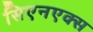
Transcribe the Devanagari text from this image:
सिएनएक्स